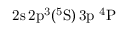
\mathrm { 2 s \, 2 p ^ { 3 } ( ^ { 5 } S ) \, 3 p ~ ^ { 4 } P }